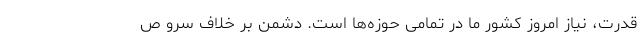
قدرت، نیاز امروز کشور ما در تمامی حوزه‌ها است. دشمن بر خلاف سرو ص